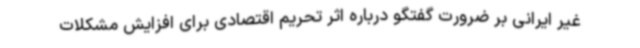
غیر ایرانی بر ضرورت گفتگو درباره اثر تحریم اقتصادی برای افزایش مشکلات